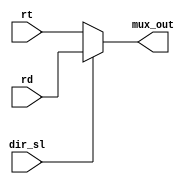

module MuxExe (rt, rd, mux_out, dir_sl);

input wire [3:0] rd, rt;
input wire dir_sl;
output reg [3:0] mux_out;

always @*
begin
    if (dir_sl == 1'b0) begin
        mux_out = rt;
    end
    else begin
        mux_out = rd;
    end
end

endmodule